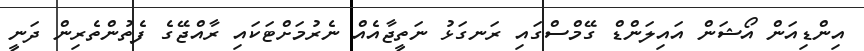
އިންޑިއަން އޯޝަން އައިލަންޑް ގޭމްސްގައި ރަނގަޅު ނަތީޖާއެއް ނެރުމަށްޓަަކައި ރާއްޖޭގެ ފެތުންތެރިން ދަނީ